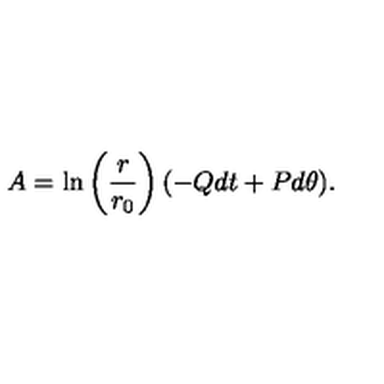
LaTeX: A = \ln \left( \frac { r } { r _ { 0 } } \right) ( - Q d t + P d \theta ) .